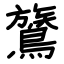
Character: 鷟